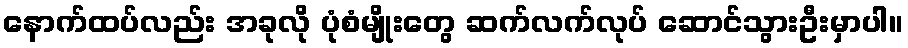
နောက်ထပ်လည်း အခုလို ပုံစံမျိုးတွေ ဆက်လက်လုပ် ဆောင်သွားဦးမှာပါ။